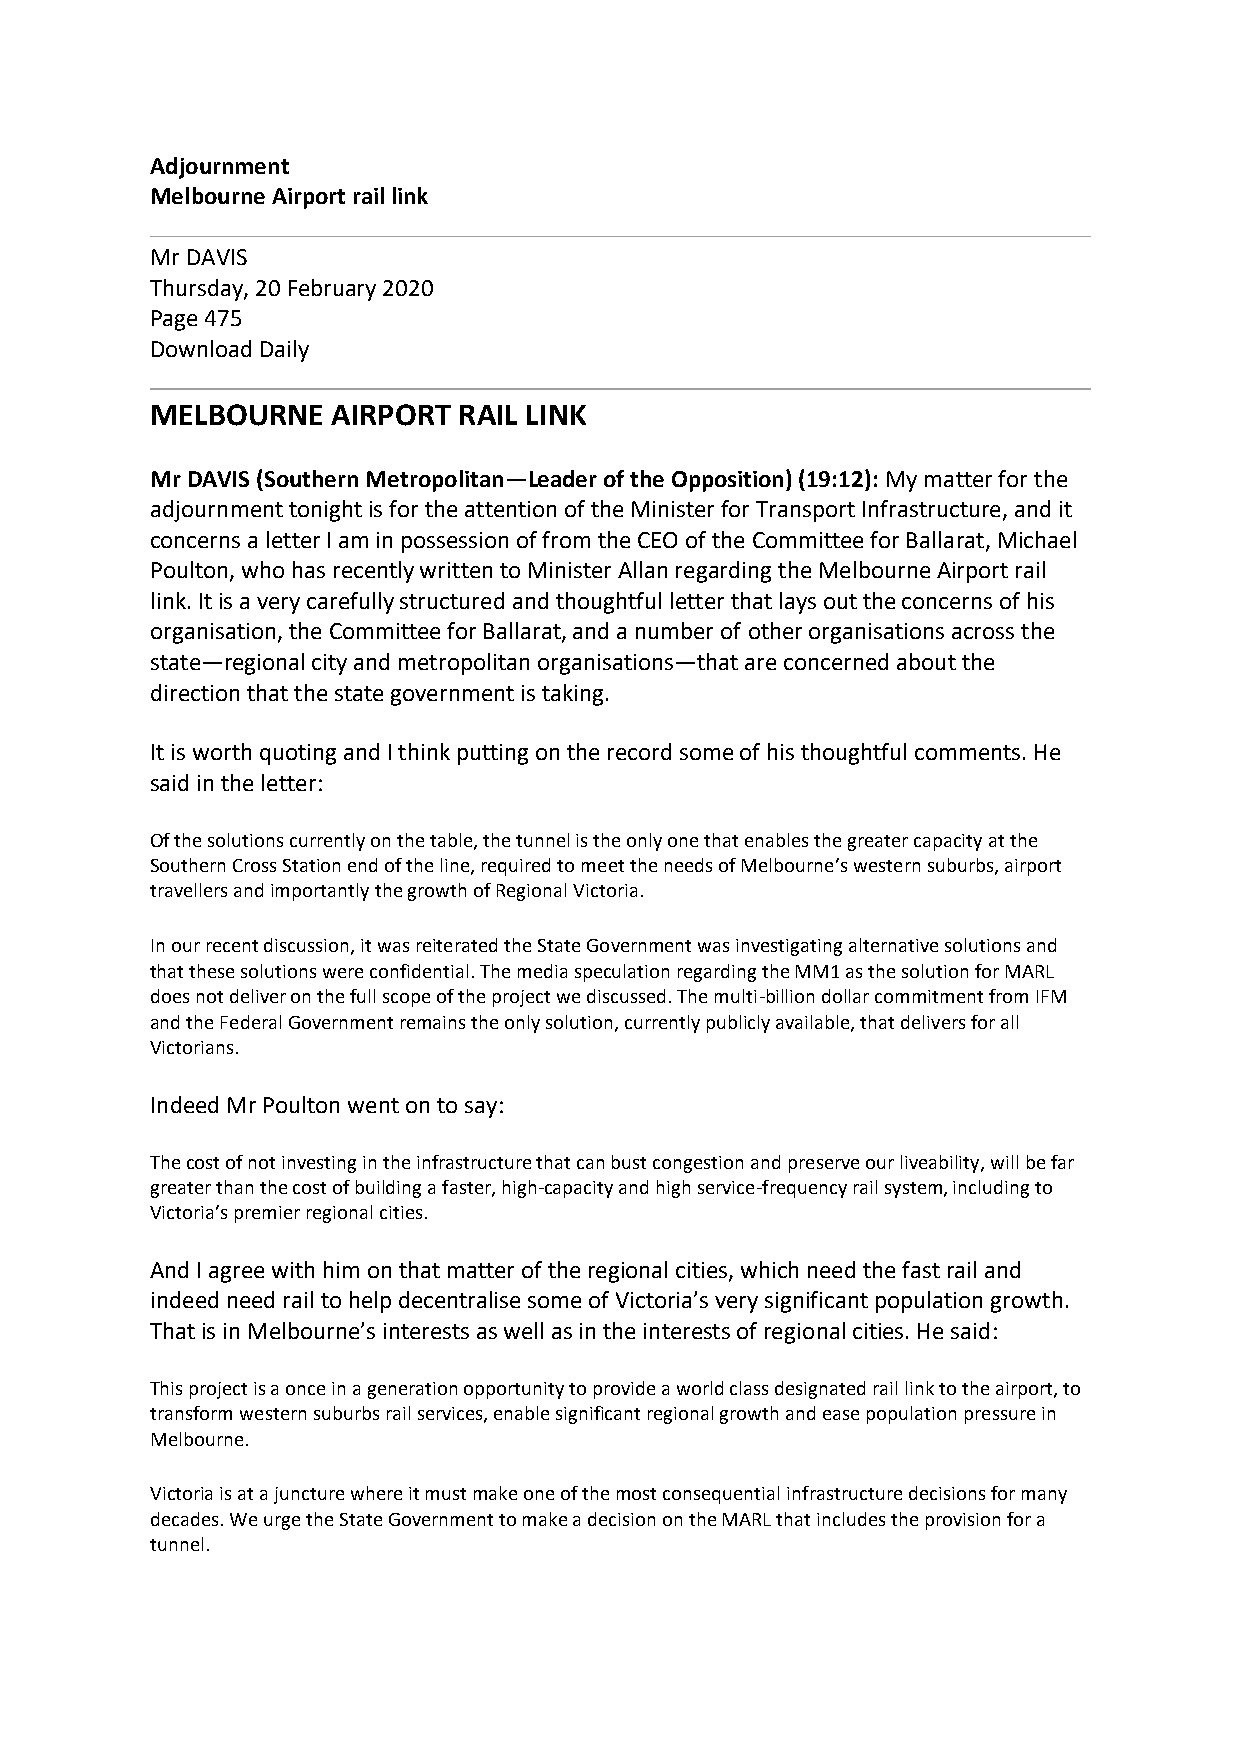
Adjournment
 Melbourne Airport rail link
 Mr DAVIS
 Thursday, 20 February 2020
 Page 475
 Download Daily
 MELBOURNE   AIRPORT RAIL LINK
 Mr DAVIS (Southern Metropolitan—Leader of the Opposition) (19:12): My matter for the
 adjournment tonight is for the attention of the Minister for Transport Infrastructure, and it
 concerns a letter I am in possession of from the CEO of the Committee for Ballarat, Michael
 Poulton, who has recently written to Minister Allan regarding the Melbourne Airport rail
 link. It is a very carefully structured and thoughtful letter that lays out the concerns of his
 organisation, the Committee for Ballarat, and a number of other organisations across the
 state—regional city and metropolitan organisations—that are concerned about the
 direction that the state government is taking.
 It is worth quoting and I think putting on the record some of his thoughtful comments. He
 said in the letter:
 Of the solutions currently on the table, the tunnel is the only one that enables the greater capacity at the
 Southern Cross Station end of the line, required to meet the needs of Melbourne’s western suburbs, airport
 travellers and importantly the growth of Regional Victoria.
 In our recent discussion, it was reiterated the State Government was investigating alternative solutions and
 that these solutions were confidential. The media speculation regarding the MM1 as the solution for MARL
 does not deliver on the full scope of the project we discussed. The multi-billion dollar commitment from IFM
 and the Federal Government remains the only solution, currently publicly available, that delivers for all
 Victorians.
 Indeed Mr Poulton went on to say:
 The cost of not investing in the infrastructure that can bust congestion and preserve our liveability, will be far
 greater than the cost of building a faster, high-capacity and high service-frequency rail system, including to
 Victoria’s premier regional cities.
 And I agree with him on that matter of the regional cities, which need the fast rail and
 indeed need rail to help decentralise some of Victoria’s very significant population growth.
 That is in Melbourne’s interests as well as in the interests of regional cities. He said:
 This project is a once in a generation opportunity to provide a world class designated rail link to the airport, to
 transform western suburbs rail services, enable significant regional growth and ease population pressure in
 Melbourne.
 Victoria is at a juncture where it must make one of the most consequential infrastructure decisions for many
 decades. We urge the State Government to make a decision on the MARL that includes the provision for a
 tunnel.